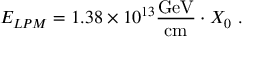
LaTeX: E _ { L P M } = 1 . 3 8 \times 1 0 ^ { 1 3 } \mathrm { \frac { G e V } { c m } } \cdot X _ { 0 } \ .